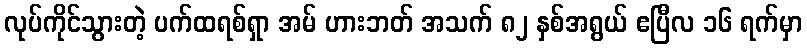
လုပ်ကိုင်သွားတဲ့ ပက်ထရစ်ရှာ အမ် ဟားဘတ် အသက် ၈၂ နှစ်အရွယ် ဧပြီလ ၁၆ ရက်မှာ